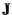
J